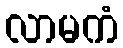
လာမကံ